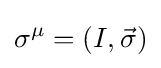
\sigma ^{\mu }=(I,{\vec {\sigma }})